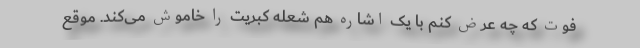
فوت که چه عرض کنم با یک اشاره هم شعله کبریت را خاموش می‌کند. موقع